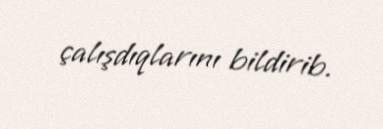
çalışdıqlarını bildirib.